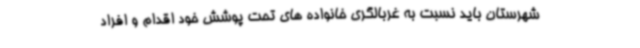
شهرستان باید نسبت به غربالگری خانواده های تحت پوشش خود اقدام و افراد